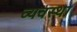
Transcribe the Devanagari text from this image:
व्‍यवस्था